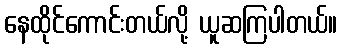
နေထိုင်ကောင်းတယ်လို့ ယူဆကြပါတယ်။